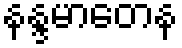
နန္ဒမာတေန